Vital statistics of India. Vol. VI, European troops 1870-79
Year: 1870
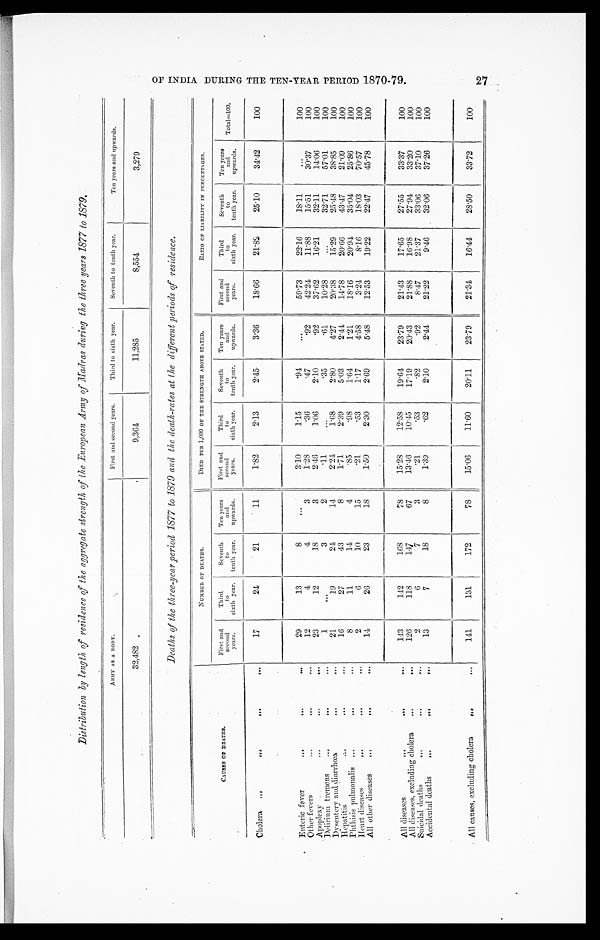
Distribution by length of residence of the aggregate strength of t h e E u r o p e a n A r m y o f M a d r a s d u r i n g t h e t h r e e y e a r s 1 8 7 7 t o 1 8 7 9 .
A R M Y A S A B O D Y .
First and second years.
Third to sixth year.
Seventh to tenth year.
Ten years and upwards.
32,482
9,364
11,285
8,554
3,279
Deaths of the three-year period 1877 to 1879 and the death-rates at the different periods of residence.
C A U S E S O F D E A T H S .
NUMBER OF DEATHS.
DIED PER 1,000 OF THE STRENGTH ABOVE STATED.
R A T I O O F L I A B I L I T Y I N P E R C E N T A G E S .
First and
Second
years.
Third
to
sixth year.
Seventh to
tenth year.
Ten years
and
upwards.
First and
second years.
Third to
sixth year.
Seventh to
tenth year.
Ten years
and
upwards.
First and
second
years.
Third
to
sixth year.
Seventh
to
tenth year.
Ten years
and
upwards. Total=100.
Cholera
17
24
21
11
1.82
2.13
2.45
3.36
18.66
21.82
25.10
34.42
100
Enteric fever
Other fevers
29
12
13
4
8
4
3
3.10
1.28
1.15
.36
.94
.47
. 9 2
59.73
42.24
22.16
11.88
18.11
15.51
30.37
100
100
Apoplexy
23
12
18
3
2.46
1.06
2.10
.92
37.62
16.21
32.11
14.06
100
Delirium tremens
1
3
2
.11
.35
.61
10.28
32.71
57.01
100
Dysentery and diarrhœa
21
19
24
14
2.24
1.68
2.80
4. 27
20.38
15.29
25.48
38.85
100
Hepatitis
16
27
43
8
1.71
2.39
5.03
2. 44
14.78
20.66
43.47
21.09
100
Pht hisis pulmonalis
8
11
14
4
.85
.98
1.64
1.21
18.16
20.94
35.04
25.86
100
Heart diseases
2
6
10
15
.21
.53
1.17
4. 58
3.24
8.16
18.03
70.57
100
All other diseases
14
26
23
18
1.50
2.30
2.69
5.48
12.53
19.22
22.47
45.78
100
All diseases
143
142
168
78
15.28
12.58
19.64
23.79
21.43
17.65
27.55
33.37
100
All diseases, excluding cholera
126
118
147
67
13.46
10.45
17.19
20.43
21.88
16.98
27.94
33.20
100
Suicidal deaths
2
6
7
3
.21
.53
.82
.92
8.47
21.37
33.06
37.10
100
Accidental death
13
7
18
8
1.39
.62
2.10
2. 44
21.22
9.46
32.06
37.26
100
All causes, excluding cholera
141
131
172
78
15.06
11.60
20.11
23.79
21.34
16.44
28.50
33.72
100
OF INDIA DURING THE TEN-YEAR PERIOD 1870-1879.